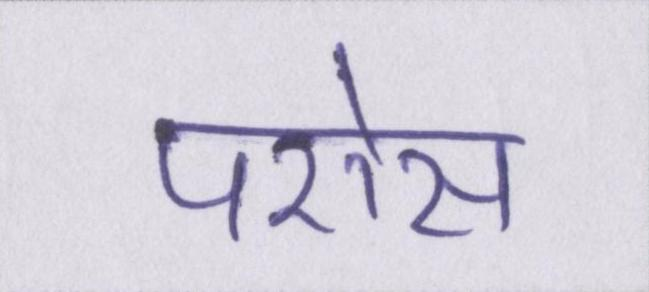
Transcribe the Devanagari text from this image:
परोस